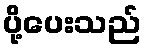
ပို့ပေးသည်